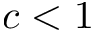
c < 1